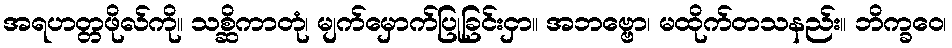
အရဟတ္တဖိုလ်ကို။ သစ္ဆိကာတုံ၊ မျက်မှောက်ပြုခြင်းငှာ။ အဘဗ္ဗော၊ မထိုက်တသနည်း။ ဘိက္ခဝေ၊